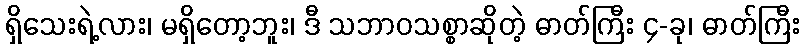
ရှိသေးရဲ့လား၊ မရှိတော့ဘူး၊ ဒီ သဘာဝသစ္စာဆိုတဲ့ ဓာတ်ကြီး ၄-ခု၊ ဓာတ်ကြီး